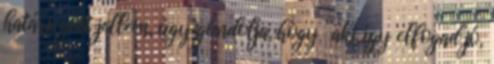
határozott jellem, úgy gondolja, hogy “aki így elfogad jó,